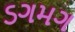
ડગમગ